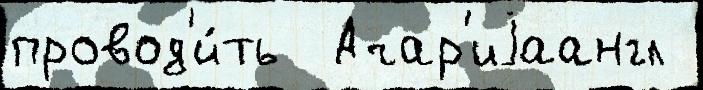
провод'и́ть  Ачар'иjаангл